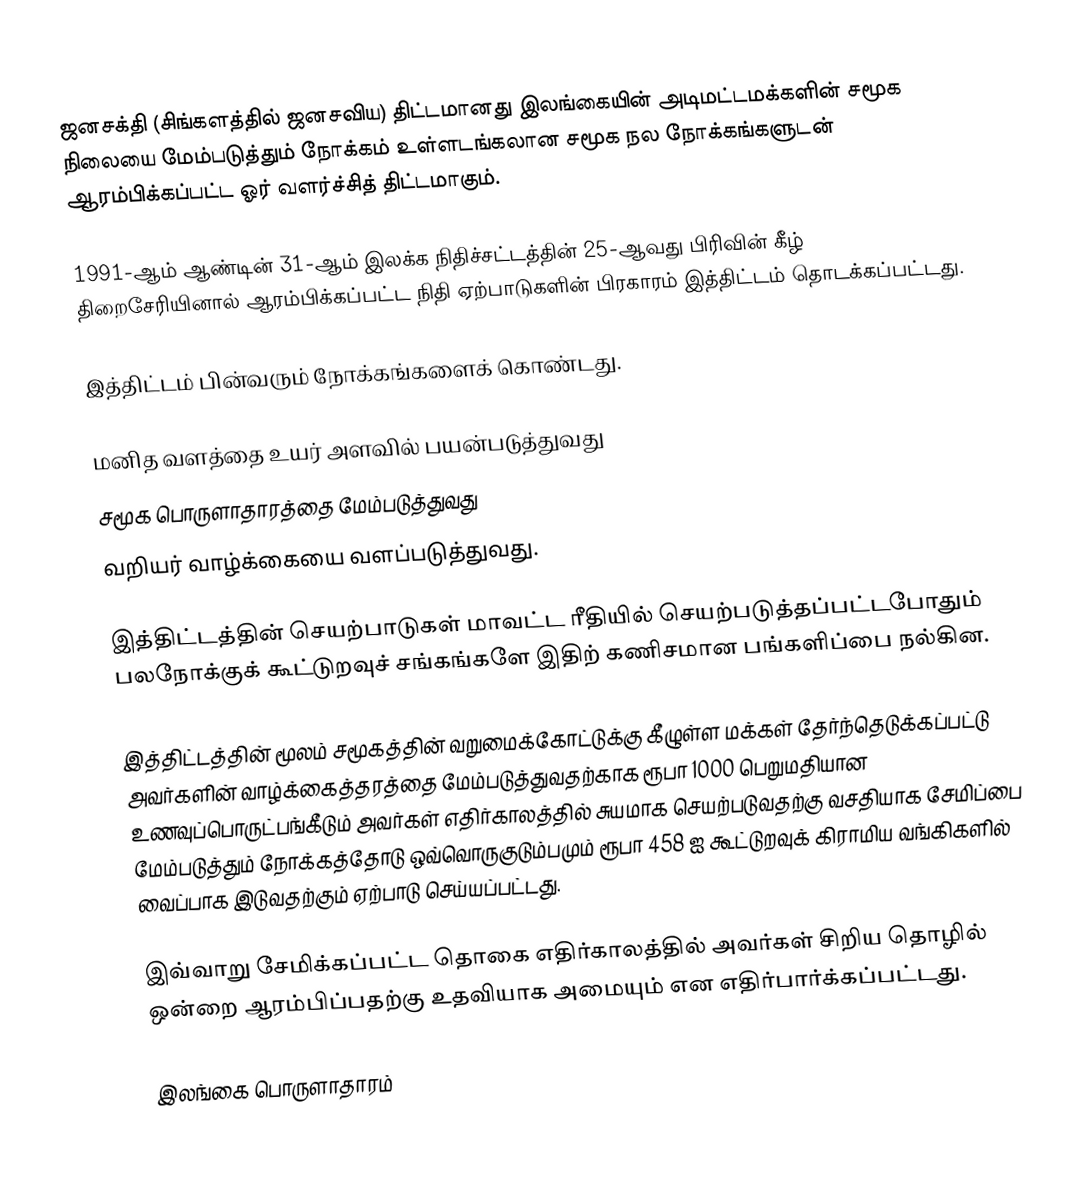
ஜனசக்தி (சிங்களத்தில் ஜனசவிய) திட்டமானது இலங்கையின் அடிமட்டமக்களின் சமூக நிலையை மேம்படுத்தும் நோக்கம் உள்ளடங்கலான சமூக நல நோக்கங்களுடன் ஆரம்பிக்கப்பட்ட ஓர் வளர்ச்சித் திட்டமாகும்.

1991-ஆம் ஆண்டின் 31-ஆம் இலக்க நிதிச்சட்டத்தின் 25-ஆவது பிரிவின் கீழ் திறைசேரியினால் ஆரம்பிக்கப்பட்ட நிதி ஏற்பாடுகளின் பிரகாரம் இத்திட்டம் தொடக்கப்பட்டது.

இத்திட்டம் பின்வரும் நோக்கங்களைக் கொண்டது.

 மனித வளத்தை உயர் அளவில் பயன்படுத்துவது
 சமூக பொருளாதாரத்தை மேம்படுத்துவது
 வறியர் வாழ்க்கையை வளப்படுத்துவது.

இத்திட்டத்தின் செயற்பாடுகள் மாவட்ட ரீதியில் செயற்படுத்தப்பட்டபோதும் பலநோக்குக் கூட்டுறவுச் சங்கங்களே இதிற் கணிசமான பங்களிப்பை நல்கின.

இத்திட்டத்தின் மூலம் சமூகத்தின் வறுமைக்கோட்டுக்கு கீழுள்ள மக்கள் தேர்ந்தெடுக்கப்பட்டு அவர்களின் வாழ்க்கைத்தரத்தை மேம்படுத்துவதற்காக ரூபா 1000 பெறுமதியான உணவுப்பொருட்பங்கீடும் அவர்கள் எதிர்காலத்தில் சுயமாக செயற்படுவதற்கு வசதியாக சேமிப்பை மேம்படுத்தும் நோக்கத்தோடு ஒவ்வொருகுடும்பமும் ரூபா 458 ஐ கூட்டுறவுக் கிராமிய வங்கிகளில் வைப்பாக இடுவதற்கும் ஏற்பாடு செய்யப்பட்டது.

இவ்வாறு சேமிக்கப்பட்ட தொகை எதிர்காலத்தில் அவர்கள் சிறிய தொழில் ஒன்றை ஆரம்பிப்பதற்கு உதவியாக அமையும் என எதிர்பார்க்கப்பட்டது.

இலங்கை பொருளாதாரம்